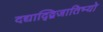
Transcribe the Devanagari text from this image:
दद्याद्द्विजातिभ्यो